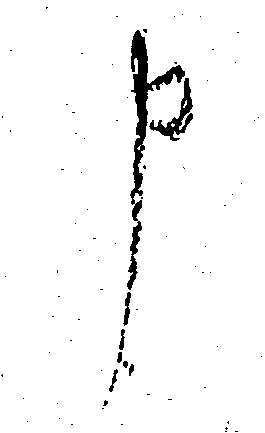
申